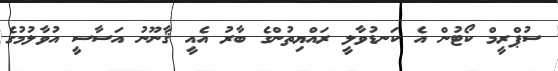
ސުޕްރީމް ކޯޓުން އެ ކަނޑުވާލީ ރައްޔިތުންގެ ބާރު އެއީ ޤާނޫނު އަސާސީ އުވާލުމުގެ